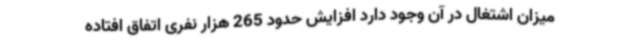
میزان اشتغال در آن وجود دارد افزایش حدود 265 هزار نفری اتفاق افتاده